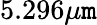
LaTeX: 5.296\mu\mathtt{m}